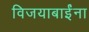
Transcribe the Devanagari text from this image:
विजयाबाईंना